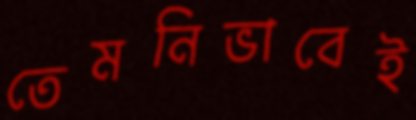
তেমনিভাবেই